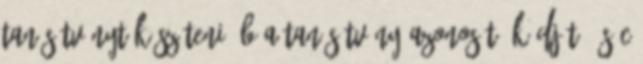
tanúsítványt készíteni, b a tanúsítvány azonosító kódját, és c